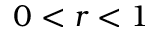
0 < r < 1